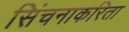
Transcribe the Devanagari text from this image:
सिंचनाकरिता